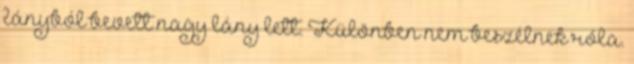
lányból bevett nagy lány lett. Különben nem beszélnek róla.